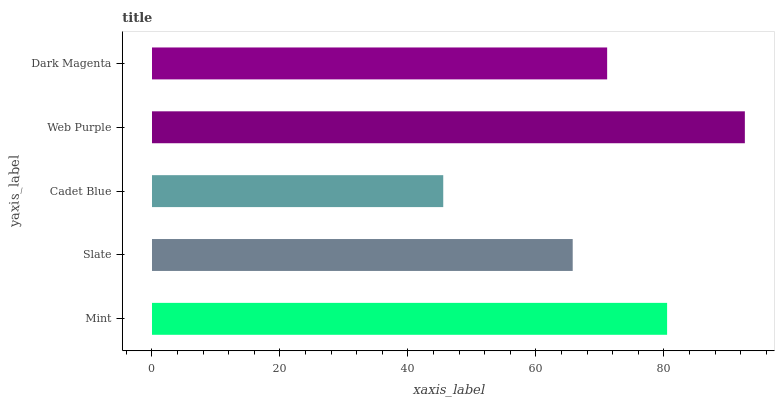
| yaxis_label | bars |
 | --- | --- |
 | Mint | 80.5 |
 | Slate | 65.7 |
 | Cadet Blue | 45.5 |
 | Web Purple | 92.7 |
 | Dark Magenta | 71.1 |